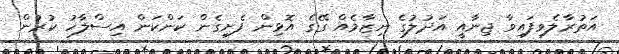
އަތުރާލެވިފައިވާ ޖިނާއީ އަދުލުގެ ނިޒާމެއް ގޭގެ އޮޅިން ފެށިގެން ކަންކަން އިސްލާހު ކުރުން